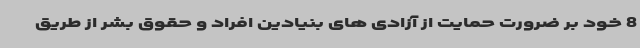
8 خود بر ضرورت حمایت از آزادی های بنیادین افراد و حقوق بشر از طریق